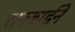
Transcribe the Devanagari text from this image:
रानबाईने